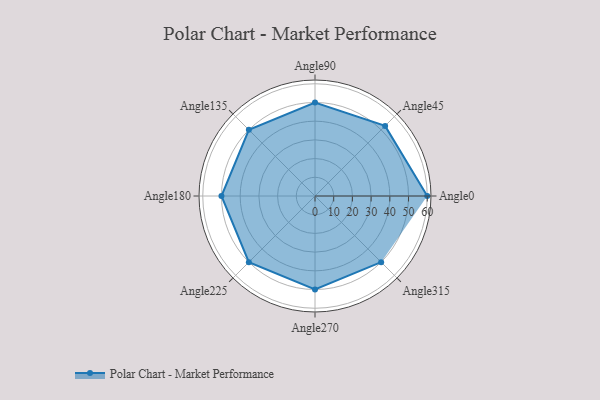
{"axis": {"x": "Angle", "y": "Radius"}, "legend": [""], "data": [{"x": "Angle0", "y": 60.0, "type": ""}, {"x": "Angle45", "y": 53.0, "type": ""}, {"x": "Angle90", "y": 50, "type": ""}, {"x": "Angle135", "y": 50, "type": ""}, {"x": "Angle180", "y": 50, "type": ""}, {"x": "Angle225", "y": 50, "type": ""}, {"x": "Angle270", "y": 50, "type": ""}, {"x": "Angle315", "y": 50, "type": ""}]}